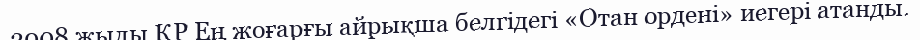
2008 жылы ҚР Ең жоғарғы айрықша белгідегі «Отан ордені» иегері атанды.